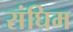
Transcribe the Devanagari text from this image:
संघिम